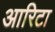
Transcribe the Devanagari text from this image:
आरिटा